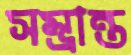
সম্ভ্রান্ত